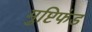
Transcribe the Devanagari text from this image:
मुष्टिफंड